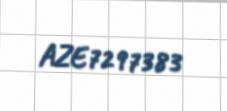
AZE7297383